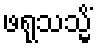
ဖရုသသ္မိံ